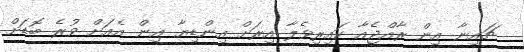
ޗައިނާ އިން ރާއްޖެއާ ކައިރިވެލާ އިރަށް އިންޑިޔާ އިން އެއަށް ވުރެ ބޮޑަށް